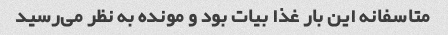
متاسفانه این بار غذا بیات بود و مونده به نظر می‌رسید